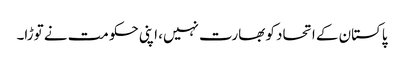
پاکستان کے اتحاد کو بھارت نہیں، اپنی حکومت نے توڑا۔